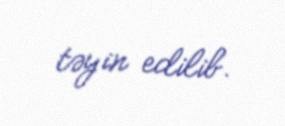
təyin edilib.